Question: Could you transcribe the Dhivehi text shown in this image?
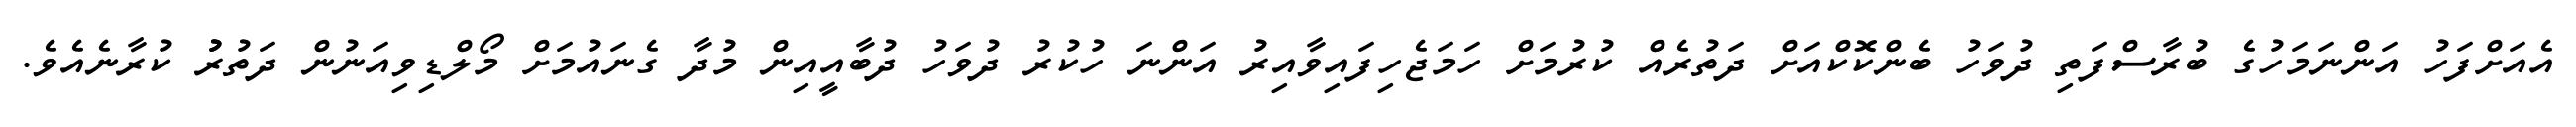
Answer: އެއަށްފަހު އަންނަމަހުގެ ބުރާސްފަތި ދުވަހު ބެންކޮކްއަށް ދަތުރެއް ކުރުމަށް ހަމަޖެހިފައިވާއިރު އަންނަ ހުކުރު ދުވަހު ދުބާއީއިން މުދާ ގެނައުމަށް މޯލްޑިވިއަނުން ދަތުރުު ކުރާނެއެވެ.